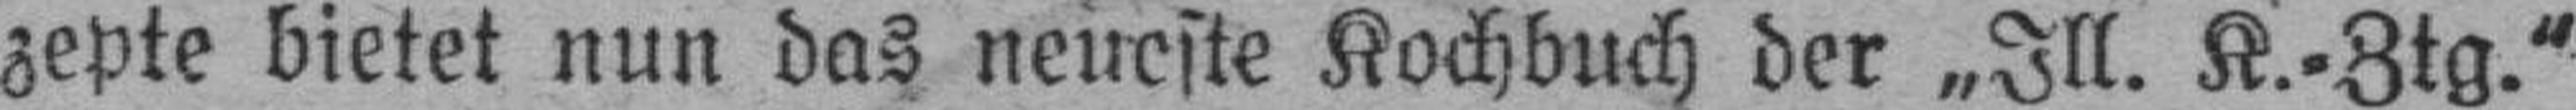
zepte bietet nun das neueste Kochbuch der „Ill. K.=Ztg."